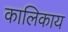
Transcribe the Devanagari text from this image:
कालिकाय